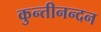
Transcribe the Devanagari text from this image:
कुन्तीनन्दन